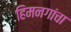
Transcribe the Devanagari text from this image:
हिमनगांचा